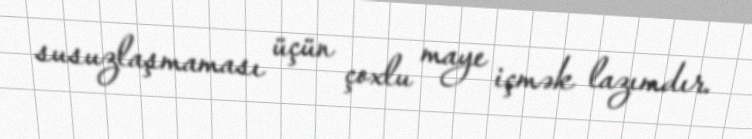
susuzlaşmaması üçün çoxlu maye içmək lazımdır.